Insane asylums in Bengal annual reports 1867-1875 - 1867-1875
Year: 1867
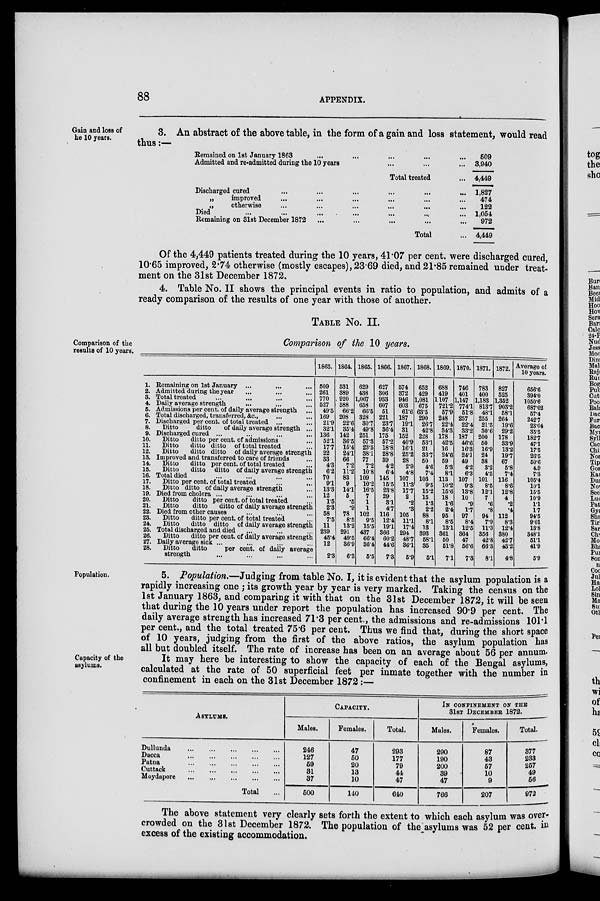
88
APPENDIX.
Gain and loss of
he 10 years.
3. An abstract of the above table, in the form of a gain and loss statement, would read
thus:—
Remained on 1st January 1863 ... ... ... ... ...
Admitted and re-admitted during the 10 years ... ... ...
Total treated ...
Discharged cured
...
...
...
...
...
...
„
improved ... ... ... ... ... ...
„
otherwise ... ... ... ... ... ...
Died ... ... ... ... ... ... ...
Remaining on 31st December 1872 ... ... ... ... ...
Total ...
509
3,940
4,449
1,827
474
122
1,054
972
4,449
Of the 4,449 patients treated during the 10 years, 41.07 per cent. were discharged cured,
10.65 improved, 2.74 otherwise (mostly escapes), 23.69 died, and 21.85 remained under treat-
ment on the 31st December 1872.
4. Table No. II shows the principal events in ratio to population, and admits of a
ready comparison of the results of one year with those of another.
TABLE No. II.
Comparison of the 10 years.
Comparison of the
results of 10 years.
1. Remaining on 1st January ... ... ...
2. Admitted during the year ... ... ...
3. Total treated ... ... ... ...
4. Daily average strength ... ... ...
5. Admissions per cent. of daily average strength ...
6. Total discharged, transferred, &c., ... ...
7. Discharged per cent. of total treated ... ...
8.
Ditto
ditto
of daily average strength ...
9. Discharged cured ... ... ... ...
10.
Ditto
ditto per cent. of admissions ...
11.
Ditto
ditto ditto of total treated ...
12.
Ditto
ditto ditto of daily average strength
13. Improved and transferred to care of friends ...
14.
Ditto
ditto per cent. of total treated ...
15.
Ditto
ditto ditto of daily average strength
16. Total died ... ... ... ...
17.
Ditto per cent. of total treated ... ...
18.
Ditto ditto of daily average strength ...
19. Died from cholera ... ... ... ...
20.
Ditto
ditto per cent. of total treated ...
21.
Ditto
ditto
ditto of daily average strength
22. Died from other causes ... ... ...
23.
Ditto
ditto per cent. of total treated ...
24.
Ditto
ditto ditto
of daily average strength
25. Total discharged and died ... ... ...
26.
Ditto
ditto per cent. of daily average strength
27. Daily average sick ... ... ... ...
28.
Ditto
ditto
per cent. of daily average
strength ... ... ... ...
1863.
509
261
770
527
49.5
169
21.9
32.1
136
52.1
17.7
22
33
4.3
6.2
70
9.1
13.3
12
1.5
2.3
58
7.5
11
239
45.4
12
2.3
1864.
531
389
920
588
66.2
208
22.6
35.4
142
36.5
15.4
24.1
66
7.2
11.2
83
9
14.1
5
.5
.9
78
8.5
13.2
291
49.5
36.9
6. 3
1865.
629
438
1,067
658
66.5
328
30.7
49.8
251
57.3
23.5
38.1
77
7.2
10.8
109
10.2
16.5
7
1
1
102
9.5
15.5
437
66.4
36.4
5.5
1866.
627
306
933
607
51
221
23.7
36.4
175
57.2
18.8
28.8
39
4.2
6.4
145
15.5
23.8
29
3.1
4.7
116
12.4
19.1
366
60.2
44.6
7.3
1867.
574
372
946
603
61.6
187
19.1
31
152
40.9
16.1
25.2
28
2.9
4.8
107
11.3
17.7
2
.2
.3
105
11.1
17.4
294
48.7
36.1
5.9
1868.
652
429
1,081
675
63.5
290
26.7
42.8
228
53.1
21
33.7
50
4.6
7.4
103
9.5
15.2
15
1.3
2.2
88
8.1
13
393
58.1
35
5.1
1869.
688
419
107
721.2
57.9
248
22.4
34.3
178
42.5
16
24.6
59
5.3
8.1
113
10.2
15.6
18
1.6 2.4
95
8.5
13.1
361
50
51.8
7.1
1870.
746
401
1,147
774.1
51.8
257
22.4
33.2
187
46.6
16.3
24.1
49
4.2
6.3
107
9.3
13.8
10
.9
1.7
97
8.4
12.5
364
47
56.6
7.3
1871.
783
400
1,183
813.7
48.1
255
21.5
30.6
200
50
16.9
24
38
3.2
4.5
101
8.5
12.1
7
.6
.8
94
7.9
11.3
356
42.8
66.3
8.1
1872.
827
525
1,352
903.2
58.1
264
19.6
29.2
178
33.9
13.2
19.7
67
5.8
7.4
116
8.6
12.8
4
.2
.4
112
8.3
12.4
380
42.7
43.2
4.8
Average of
10 years.
656.6
394.0
1050.6
687.02
57.4
242.7
23.04
35.5
182.7
47.1
17.5
26.5
50.6
4.9
7.3
105.4
10.1
15.5
10.9
1.1
1.7
94.5
9.01
13.8
348.1
51.1
41.9
5.9
Population.
5. Population.—Judging from table No. I, it is evident that the asylum population is a
rapidly increasing one ; its growth year by year is very marked. Taking the census on the
1st January 1863, and comparing it with that on the 31st December 1872, it will be seen
that during the 10 years under report the population has increased 90.9 per cent. The
daily average strength has increased 71.3 per cent., the admissions and re-admissions 101.1
per cent., and the total treated 75.6 per cent. Thus we find that, during the short space
of 10 years, judging from the first of the above ratios, the asylum population has
all but doubled itself. The rate of increase has been on an average about 56 per annum.
Capacity of the
asylums.
It may here be interesting to show the capacity of each of the Bengal asylums,
calculated at the rate of 50 superficial feet per inmate together with the number in
confinement in each on the 31st December 1872:—
ASYLUMS.
Dullunda
...
...
...
...
...
Dacca
...
...
...
...
...
Patna
...
...
...
...
...
Cuttack ... ... ... ... ...
Moydapore ... ... ... ... ...
Total ...
CAPACITY.
Males.
246
127
59
31
37
500
Females.
47
50
20
13
10
140
Total.
293
177
79
44
47
640
IN CONFINEMENT ON THE
31ST DECEMBER 1872.
Males.
290
100
200
39
47
766
Females.
87
43
57
10
9
207
Total.
377
233
257
49
56
972
The above statement very clearly sets forth the extent to which each asylum was over-
crowded on the 31st December 1872. The population of the asylums was 52 per cent. in
excess of the existing accommodation.